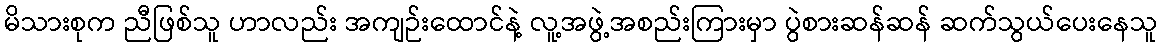
မိသားစုက ညီဖြစ်သူ ဟာလည်း အကျဉ်းထောင်နဲ့ လူ့အဖွဲ့အစည်းကြားမှာ ပွဲစားဆန်ဆန် ဆက်သွယ်ပေးနေသူ